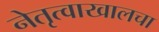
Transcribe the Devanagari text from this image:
नेतृत्वाखालचा